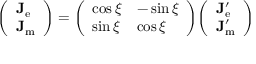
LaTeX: { \left( \begin{array} { l } { \mathbf { J } _ { \mathrm { e } } } \\ { \mathbf { J } _ { \mathrm { m } } } \end{array} \right) } = { \left( \begin{array} { l l } { \cos \xi } & { - \sin \xi } \\ { \sin \xi } & { \cos \xi } \end{array} \right) } { \left( \begin{array} { l } { \mathbf { J } _ { \mathrm { e } } ^ { \prime } } \\ { \mathbf { J } _ { \mathrm { m } } ^ { \prime } } \end{array} \right) }